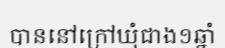
បាននៅក្រៅឃុំជាង១ឆ្នាំ